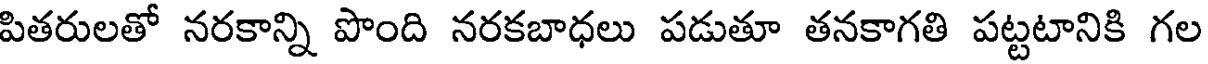
పితరులతో నరకాన్ని పొంది నరకబాధలు పడుతూ తనకాగతి పట్టటానికి గల